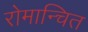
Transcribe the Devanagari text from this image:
रोमान्चित